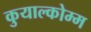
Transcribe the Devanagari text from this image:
कुयाल्कोम्म